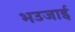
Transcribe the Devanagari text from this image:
भउजाई